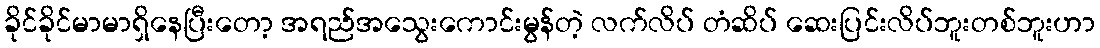
ခိုင်ခိုင်မာမာရှိနေပြီးတော့ အရည်အသွေးကောင်းမွန်တဲ့ လက်လိပ် တံဆိပ် ဆေးပြင်းလိပ်ဘူးတစ်ဘူးဟာ